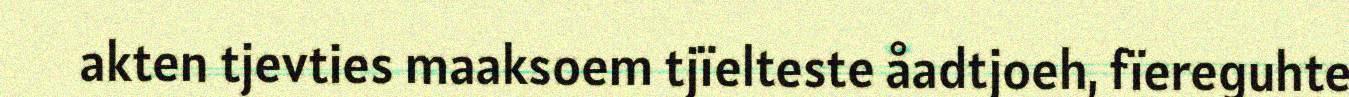
akten tjevties maaksoem tjïelteste åadtjoeh, fïereguhte